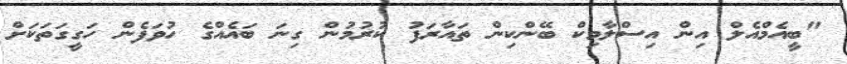
"ބީއެމްއެލް އިން އިސްލާމިކް ބޭންކިން ތައާރަފު ކުރުމުން ގިނަ ބައެއްގެ ހުވަފެން ހަގީގަތަކަށް